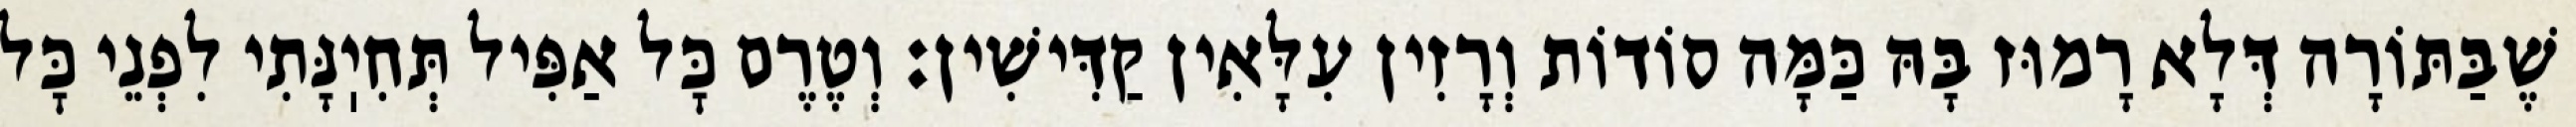
שֶׁבַּתּוֹרָה דְּלָא רָמוּז בָּהּ כַּמָּה סוֹדוֹת וְרָזִין עִלָּאִין קַדִּישִׁין: וְטֶרֶם כׇּל אַפִּיל תְּחִיֽנָּתִי לִפְנֵי כׇּל